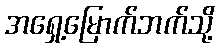
အရှေ့မြောက်ဘက်သို့